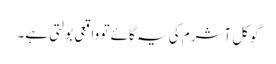
گوکل آشرم کی یہ گائے تو واقعی بولتی ہے۔